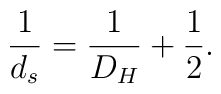
\frac{1}{d_s} = \frac{1}{D_H} + \frac{1}{2}.